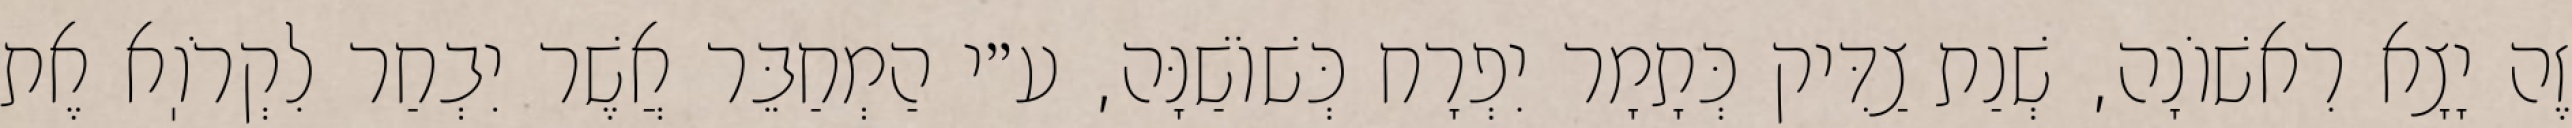
זֶה יָצָא רִאשׁוֹנָה, שְׁנַת צַדִּיק כְּתָמָר יִפְרָח כְּשׁוֹשַׁנָּה, ע״י הַמְחַבֵּר אֲשֶׁר יִבְחַר לִקְרֹוֽא אֶת